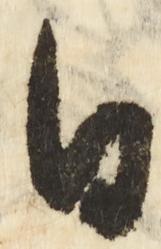
日